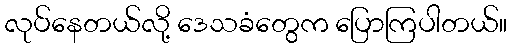
လုပ်နေတယ်လို့ ဒေသခံတွေက ပြောကြပါတယ်။